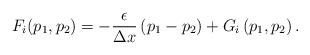
LaTeX: \begin{align*} F_{i}(p_{1},p_{2}) = - \frac{\epsilon}{\Delta x} \left(p_{1} - p_{2} \right) + G_{i}\left(p_{1},p_{2} \right). \end{align*}